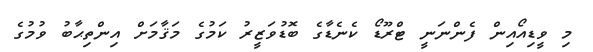
މި ވީޑިއޯއިން ފެންނަނީ ޓްރޫޑޯ ކެނެޑާގެ ބޮޑުވަޒީރު ކަމުގެ މަޤާމަށް އިންތިޙާބު ވުމުގެ